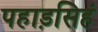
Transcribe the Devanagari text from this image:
पहाड़सिहं